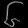
Digit: ၆